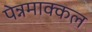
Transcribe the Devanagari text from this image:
पेन्नमाक्कल